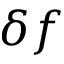
\delta f